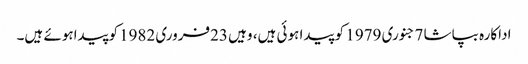
اداکارہ بپاشا 7جنوری 1979 کو پیدا ہوئی ہیں، وہیں 23فروری 1982کوپیداہوئے ہیں۔